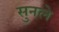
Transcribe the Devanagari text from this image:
सुनले